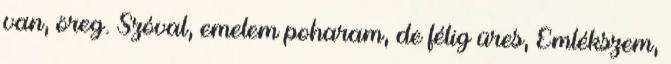
van, öreg. Szóval, emelem poharam, de félig üres, Emlékszem,